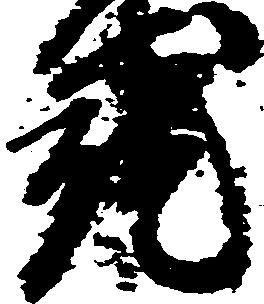
就